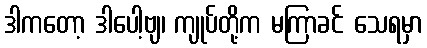
ဒါကတော့ ဒါပေါ့ဗျ၊ ကျုပ်တို့က မကြာခင် သေရမှာ